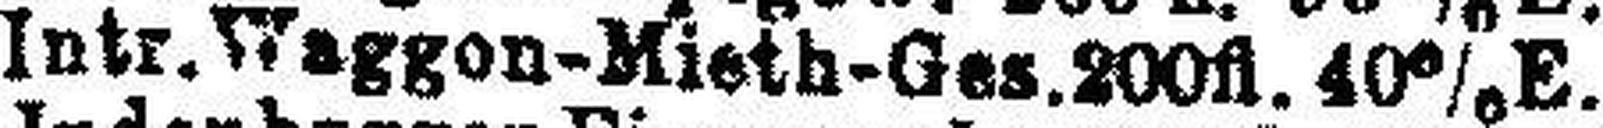
Intr. Waggon-Mieth-Ges.200fl. 40% E.